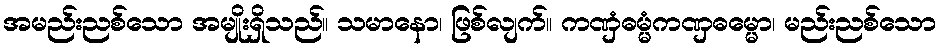
အမည်းညစ်သော အမျိုးရှိသည်။ သမာနော၊ ဖြစ်လျက်။ ကဏှံဓမ္မံကဏှဓမ္မော၊ မည်းညစ်သော